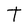
Character: t